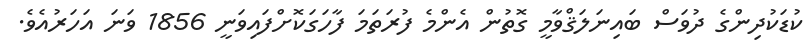
ކުޑަކުދިންގެ ދުވަސް ބައިނަލަޤްވާމީ ގޮތުން އެންމެ ފުރަތަމަ ފާހަގަކޮށްފައިވަނީ 1856 ވަނަ އަހަރުއެވެ.